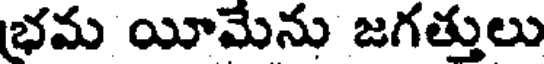
భమ యీమేను జగత్తులు